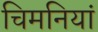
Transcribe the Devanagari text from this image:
चिमनियां